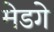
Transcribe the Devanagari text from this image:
मेडगे